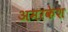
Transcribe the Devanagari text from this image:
अमरकेश